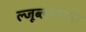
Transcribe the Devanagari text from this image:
ल्जूब्लजाना